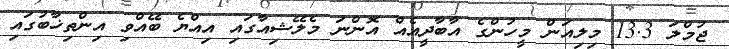
ޖުމްލަ 13.3 މިލިއަން މީހުންގެ އާބާދީއެއް އޮންނަ މެލޭޝިއާގައި އިއްޔެ ބޭއްވި އިންތިޚާބުގައި